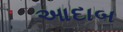
આદાબ